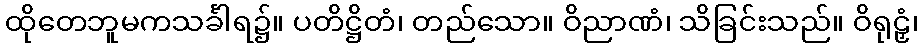
ထိုတေဘူမကသင်္ခါရ၌။ ပတိဋ္ဌိတံ၊ တည်သော။ ဝိညာဏံ၊ သိခြင်းသည်။ ဝိရုဠှံ၊